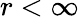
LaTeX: r<\infty